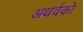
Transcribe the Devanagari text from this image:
अथर्वको